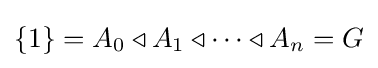
\{1\}=A_{0}\triangleleft A_{1}\triangleleft \dots \triangleleft A_{n}=G